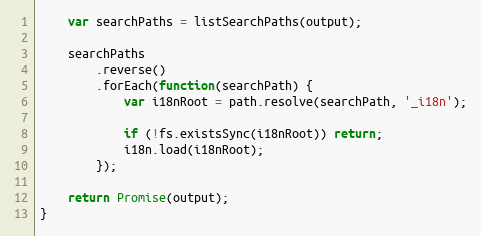
Language: JavaScript
    var searchPaths = listSearchPaths(output);

    searchPaths
        .reverse()
        .forEach(function(searchPath) {
            var i18nRoot = path.resolve(searchPath, '_i18n');

            if (!fs.existsSync(i18nRoot)) return;
            i18n.load(i18nRoot);
        });

    return Promise(output);
}